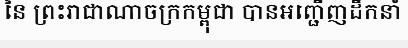
នៃ ព្រះរាជាណាចក្រកម្ពុជា បានអញ្ជើញដឹកនាំ